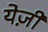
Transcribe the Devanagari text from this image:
येज़ी